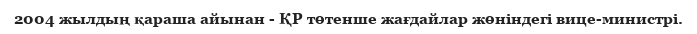
2004 жылдың қараша айынан - ҚР төтенше жағдайлар жөніндегі вице-министрі.